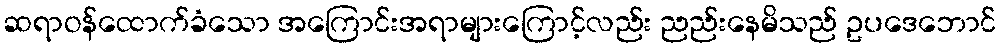
ဆရာဝန်ထောက်ခံသော အကြောင်းအရာများကြောင့်လည်း ညည်းနေမိသည် ဥပဒေဘောင်